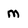
Character: m